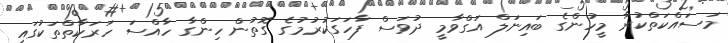
މަސައްކަތްކުރާ މީހުންގެ ބައިނަލް އަގްވާމީ ދުވަސް ފާހަގަކުރުމުގެ ގޮތުން ހިންގާ ހާއްސަ ހަރަކާތްތަކުގައި